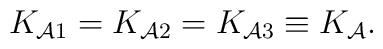
K_{{\cal A}1}=K_{{\cal A}2}=K_{{\cal A}3}\equiv K_{\cal A}.